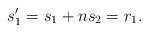
LaTeX: \begin{align*}s'_1=s_1+ns_2=r_1.\end{align*}